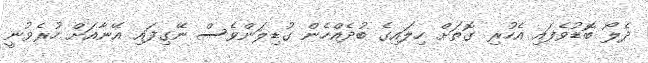
ދެލޯ ބޮޑުވެފައި އެހުރި ގޮތަށް ހިލައިގެ ބުދެއްހެން ގުޑިލަންވެސް ނޭގިފައި އޭނާއަށް ހުރެވުނީ